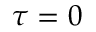
\tau = 0